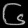
Digit: ၆